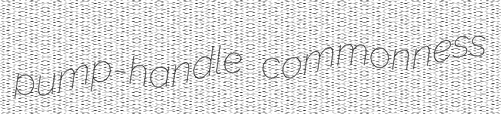
pump-handle commonness